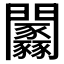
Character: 𨷼